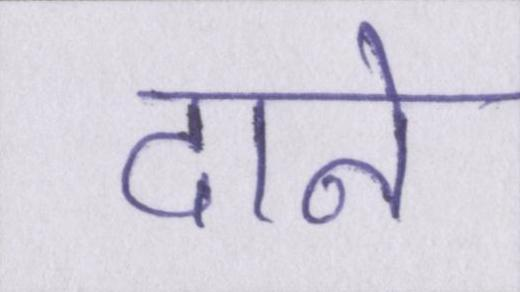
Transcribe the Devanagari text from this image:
दाने